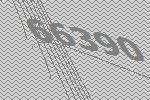
66390